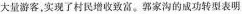
大量游客，实现了村民增收致富。郭家沟的成功转型表明